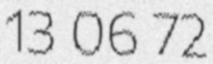
13 06 72